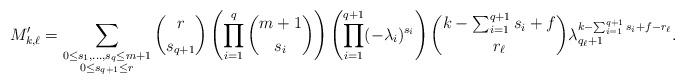
LaTeX: \begin{align*}M'_{k, \ell} = \sum_{\substack{0 \leq s_1, \dots, s_q \leq m+1 \\ 0 \leq s_{q+1} \leq r }} \binom{r}{s_{q+1}}\left(\prod_{i=1}^q \binom{m+1}{s_i}\right) \left(\prod_{i=1}^{q+1}(-\lambda_i)^{s_i}\right)\binom{k- \sum_{i=1}^{q+1} s_i + f}{r_\ell}\lambda_{q_\ell+1}^{k-\sum_{i=1}^{q+1}s_i+f-r_{\ell}}.\end{align*}